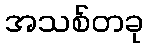
အသစ်တခု